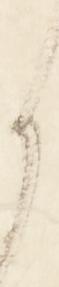
り